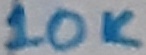
Text: 10K